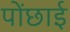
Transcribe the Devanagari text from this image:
पोंछाई